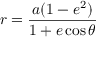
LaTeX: r = { \frac { a ( 1 - e ^ { 2 } ) } { 1 + e \cos \theta } }